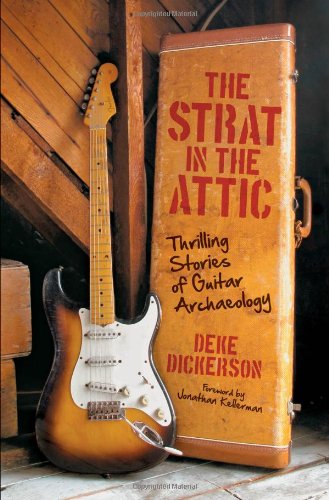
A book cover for Strat in the Attic: Thrilling Stories of Guitar Archaeology; Deke Dickerson; Arts & Photography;